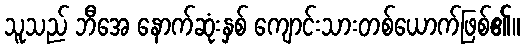
သူသည် ဘီအေ နောက်ဆုံးနှစ် ကျောင်းသားတစ်ယောက်ဖြစ်၏။